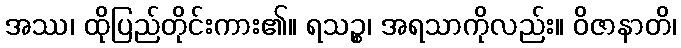
အဿ၊ ထိုပြည်တိုင်းကား၏။ ရသဉ္စ၊ အရသာကိုလည်း။ ဝိဇာနာတိ၊